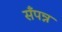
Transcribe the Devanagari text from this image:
सँपन्न